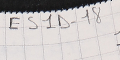
ES1D-18    1